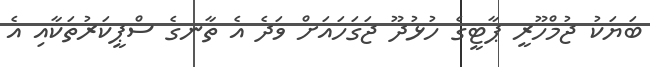
ބަޔަކު ޖުމްހޫރީ ޕާޓީގެ ހުޅުދޫ ޖަގަހައަށް ވަދެ އެ ތާނގެ ސްޕީކަރުތަކާއި އެ